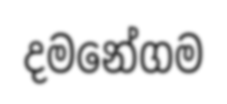
දමනේගම